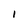
Character: I